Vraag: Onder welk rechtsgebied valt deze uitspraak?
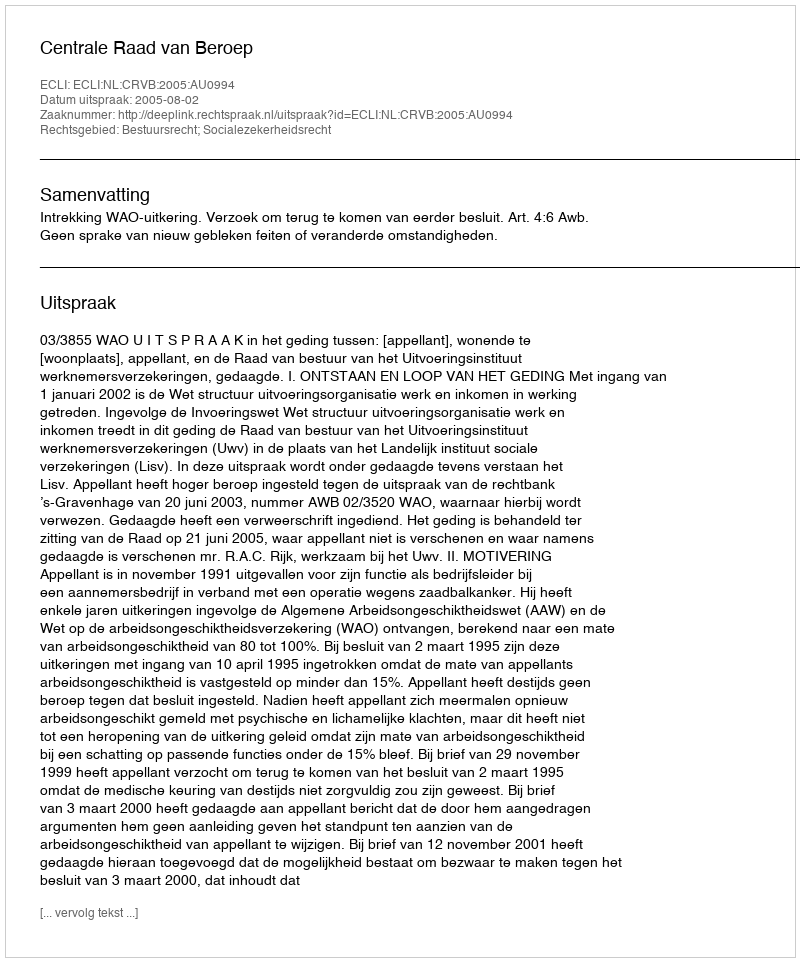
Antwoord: Bestuursrecht; Socialezekerheidsrecht